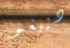
دييغو